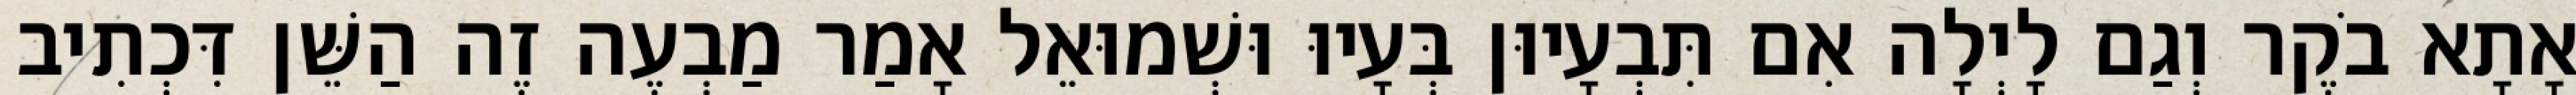
אָתָא בֹקֶר וְגַם לָיְלָה אִם תִּבְעָיוּן בְּעָיוּ וּשְׁמוּאֵל אָמַר מַבְעֶה זֶה הַשֵּׁן דִּכְתִיב